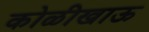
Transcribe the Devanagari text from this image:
कोळीखाऊ